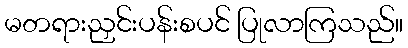
မတရားညှင်းပန်းစပင် ပြုလာကြသည်။